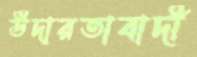
উদারতাবাদী